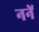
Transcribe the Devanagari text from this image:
ननें